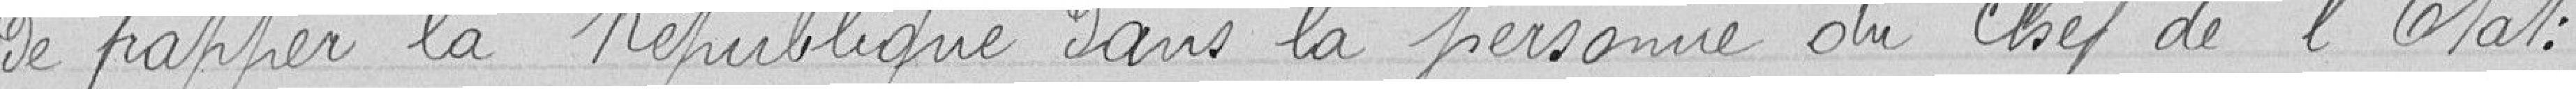
de frapper la République dans la personne du Chef de l'Etat.